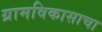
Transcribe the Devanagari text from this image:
ग्रामविकासाचा